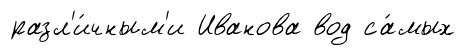
разл'и́чным'и Иванова вод са́мых